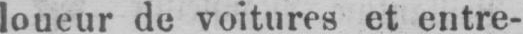
loueur de voitures et entre-